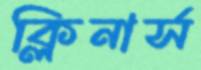
ক্লিনার্স